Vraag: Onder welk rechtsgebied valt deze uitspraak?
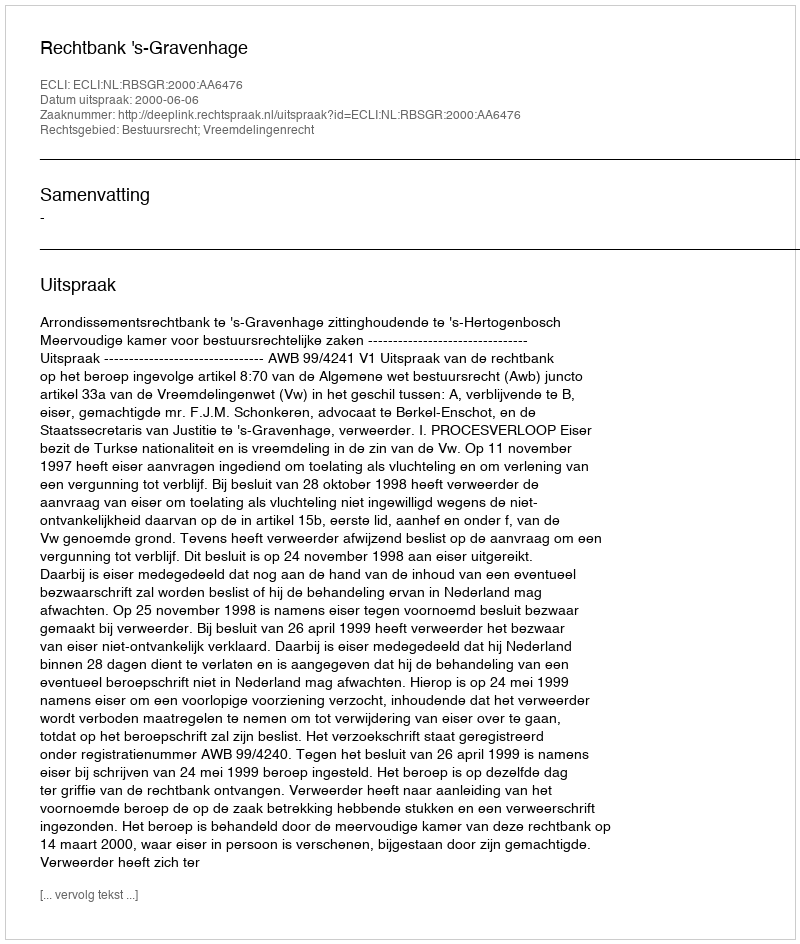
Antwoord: Bestuursrecht; Vreemdelingenrecht